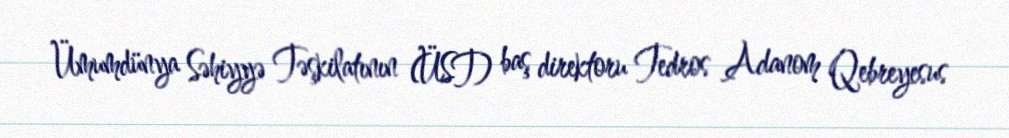
Ümumdünya Səhiyyə Təşkilatının (ÜST) baş direktoru Tedros Adanom Qebreyesus